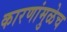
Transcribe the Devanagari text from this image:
कारणांमुळेच